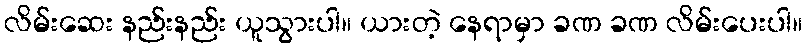
လိမ်းဆေး နည်းနည်း ယူသွားပါ။ ယားတဲ့ နေရာမှာ ခဏ ခဏ လိမ်းပေးပါ။